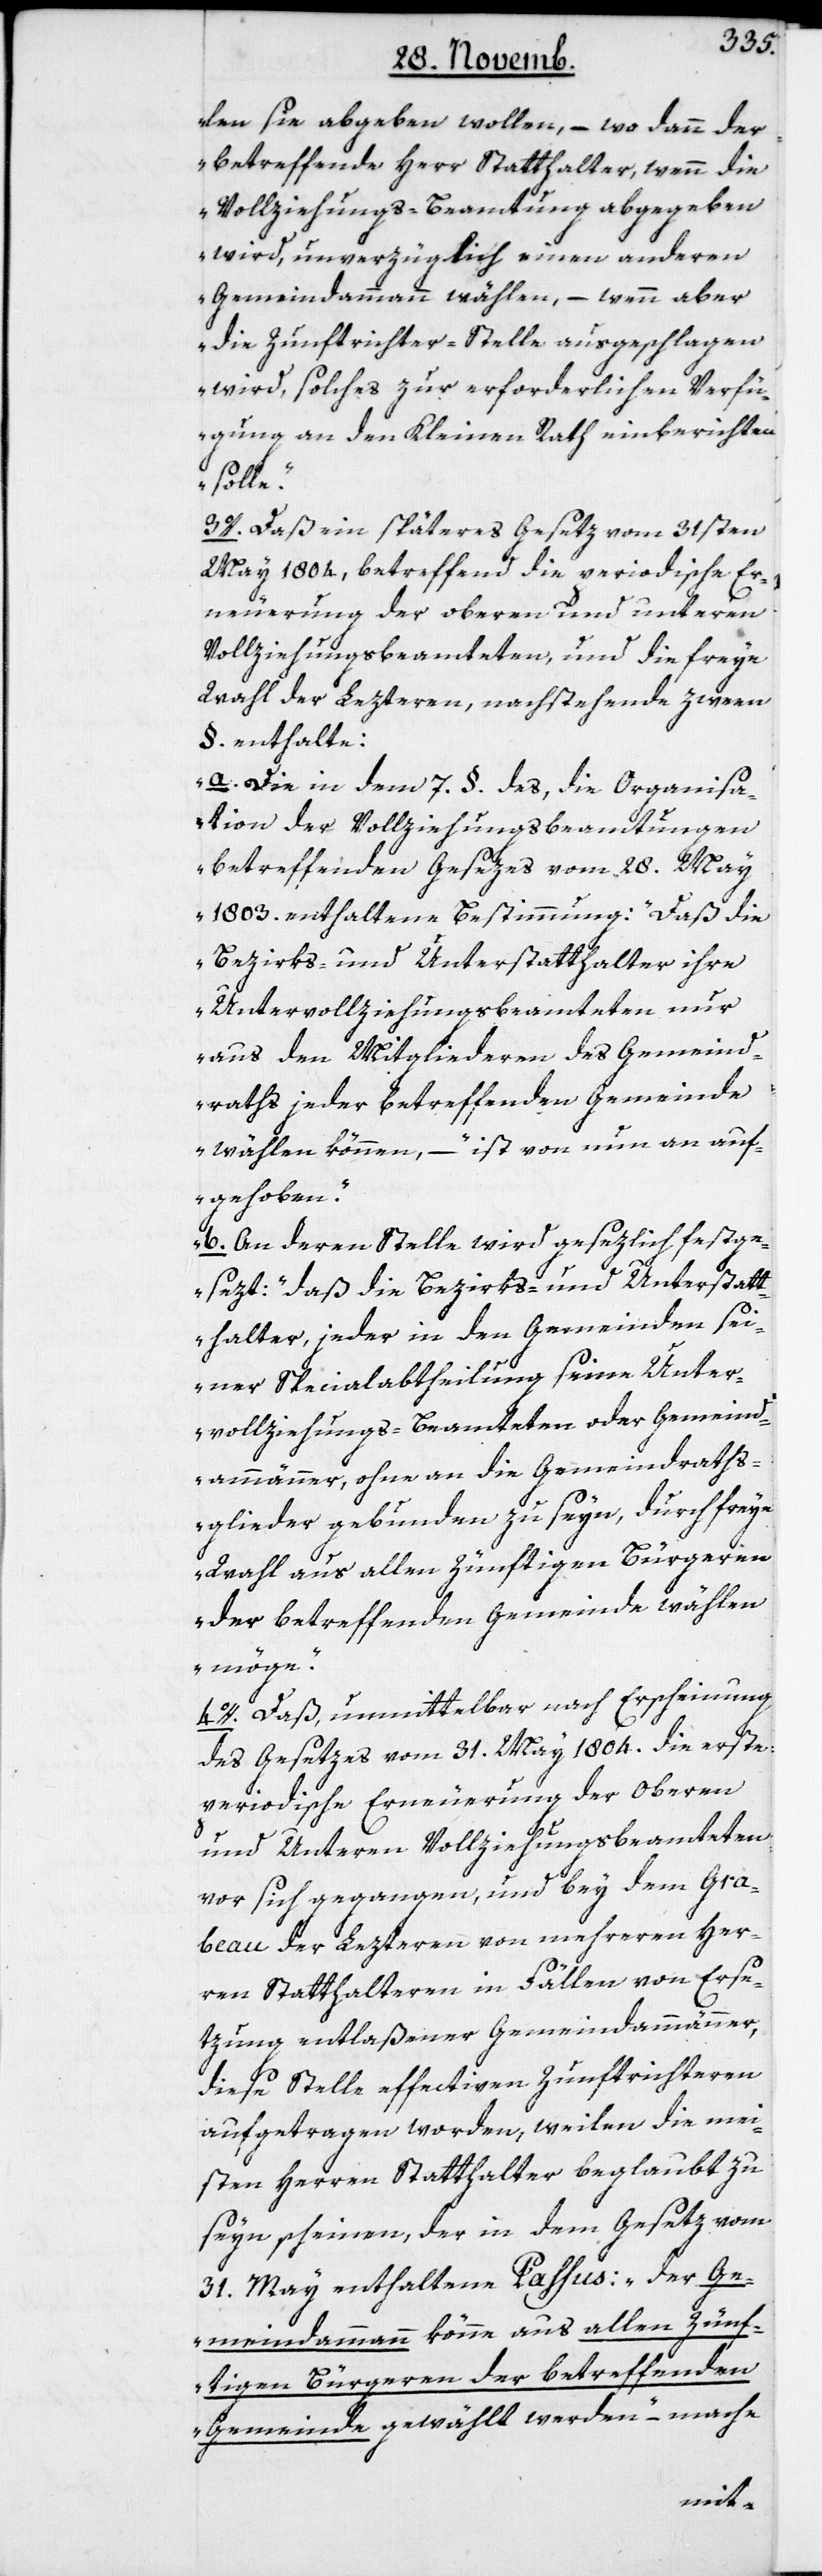
len sie abgeben wollen, – wo dann der
betreffende Herr Statthalter, wenn die
Vollziehungs-Beamtung abgegeben
wird, unverzüglich einen anderen
Gemeindammann wählen, – wenn aber
die Zunftrichter-Stelle ausgeschlagen
wird, solches zur erforderlichen Verfü¬
gung an den Kleinen Rath einberichten
solle“.
3o. Daß ein späteres Gesetz vom 31sten
May 1804, betreffend die periodische Er¬
neuerung der oberen und unteren
Vollziehungsbeamteten, und die freye
Wahl der Letzteren, nachstehende zween
§. enthalte:
„a) Die in dem 7. §. des, die Organis¬
ation der Vollziehungsbeamtungen
betreffenden Gesezes vom 28. May
1803. enthaltene Bestimmung: ‚Daß die
Bezirks- und Unterstatthalter ihre
Untervollziehungsbeamteten nur
aus den Mitgliederen des Gemeind¬
raths jeder betreffenden Gemeinde
wählen können, – ist von nun an auf¬
gehoben.’
b) An deren Stelle wird gesezlich festge¬
sezt: ‚daß die Bezirks- und Unterstatt¬
halter, jeder in den Gemeinden sei¬
ner Specialabtheilung seine Unter¬
vollziehungs-Beamteten oder Gemeind¬
ammänner, ohne an die Gemeindraths¬
glieder gebunden zu seyn, durch freye
Wahl aus allen zünftigen Bürgeren
der betreffenden Gemeinde wählen
4o. Daß, unmittelbar nach Erscheinung
des Gesetzes vom 31. May 1804. die erste
periodische Erneuerung der Oberen
und unteren Vollziehungsbeamteten
vor sich gegangen, und bey dem Gra¬
beau der Letzteren von mehreren Her¬
ren Statthalteren in Fällen von Erse¬
tzung entlaßener Gemeindammänner,
diese Stelle effectiven Zunftrichteren
aufgetragen worden, weilen die mei¬
sten Herren Statthalter beglaubt zu
seyn scheinen, der in dem Gesetz vom
31. May enthaltene Passus: „Der Ge¬
meindammann könne aus allen zünf¬
tigen Bürgeren der betreffenden
Gemeinde gewählt werden“ – mache